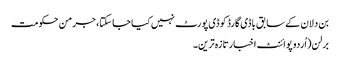
بن دلان کے سابق باڈی گارڈ کو ڈی پورٹ نہیں کیا جا سکتا، جرمن حکومت
برلن(اُردو پوائنٹ اخبارتازہ ترین۔